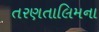
તરણતાલિમના